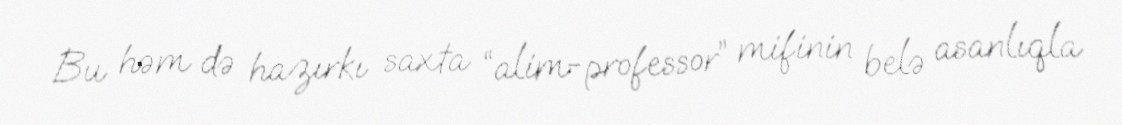
Bu həm də hazırkı saxta “alim-professor” mifinin belə asanlıqla